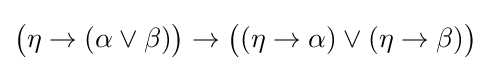
{\big (}\eta \to (\alpha \lor \beta ){\big )}\to {\big (}(\eta \to \alpha )\lor (\eta \to \beta ){\big )}